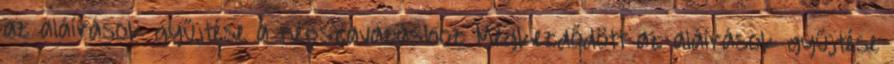
az aláírások gyűjtése a népszavazáshoz Megkezdődött az aláírások gyűjtése